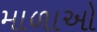
માળાઓ